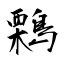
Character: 鷅